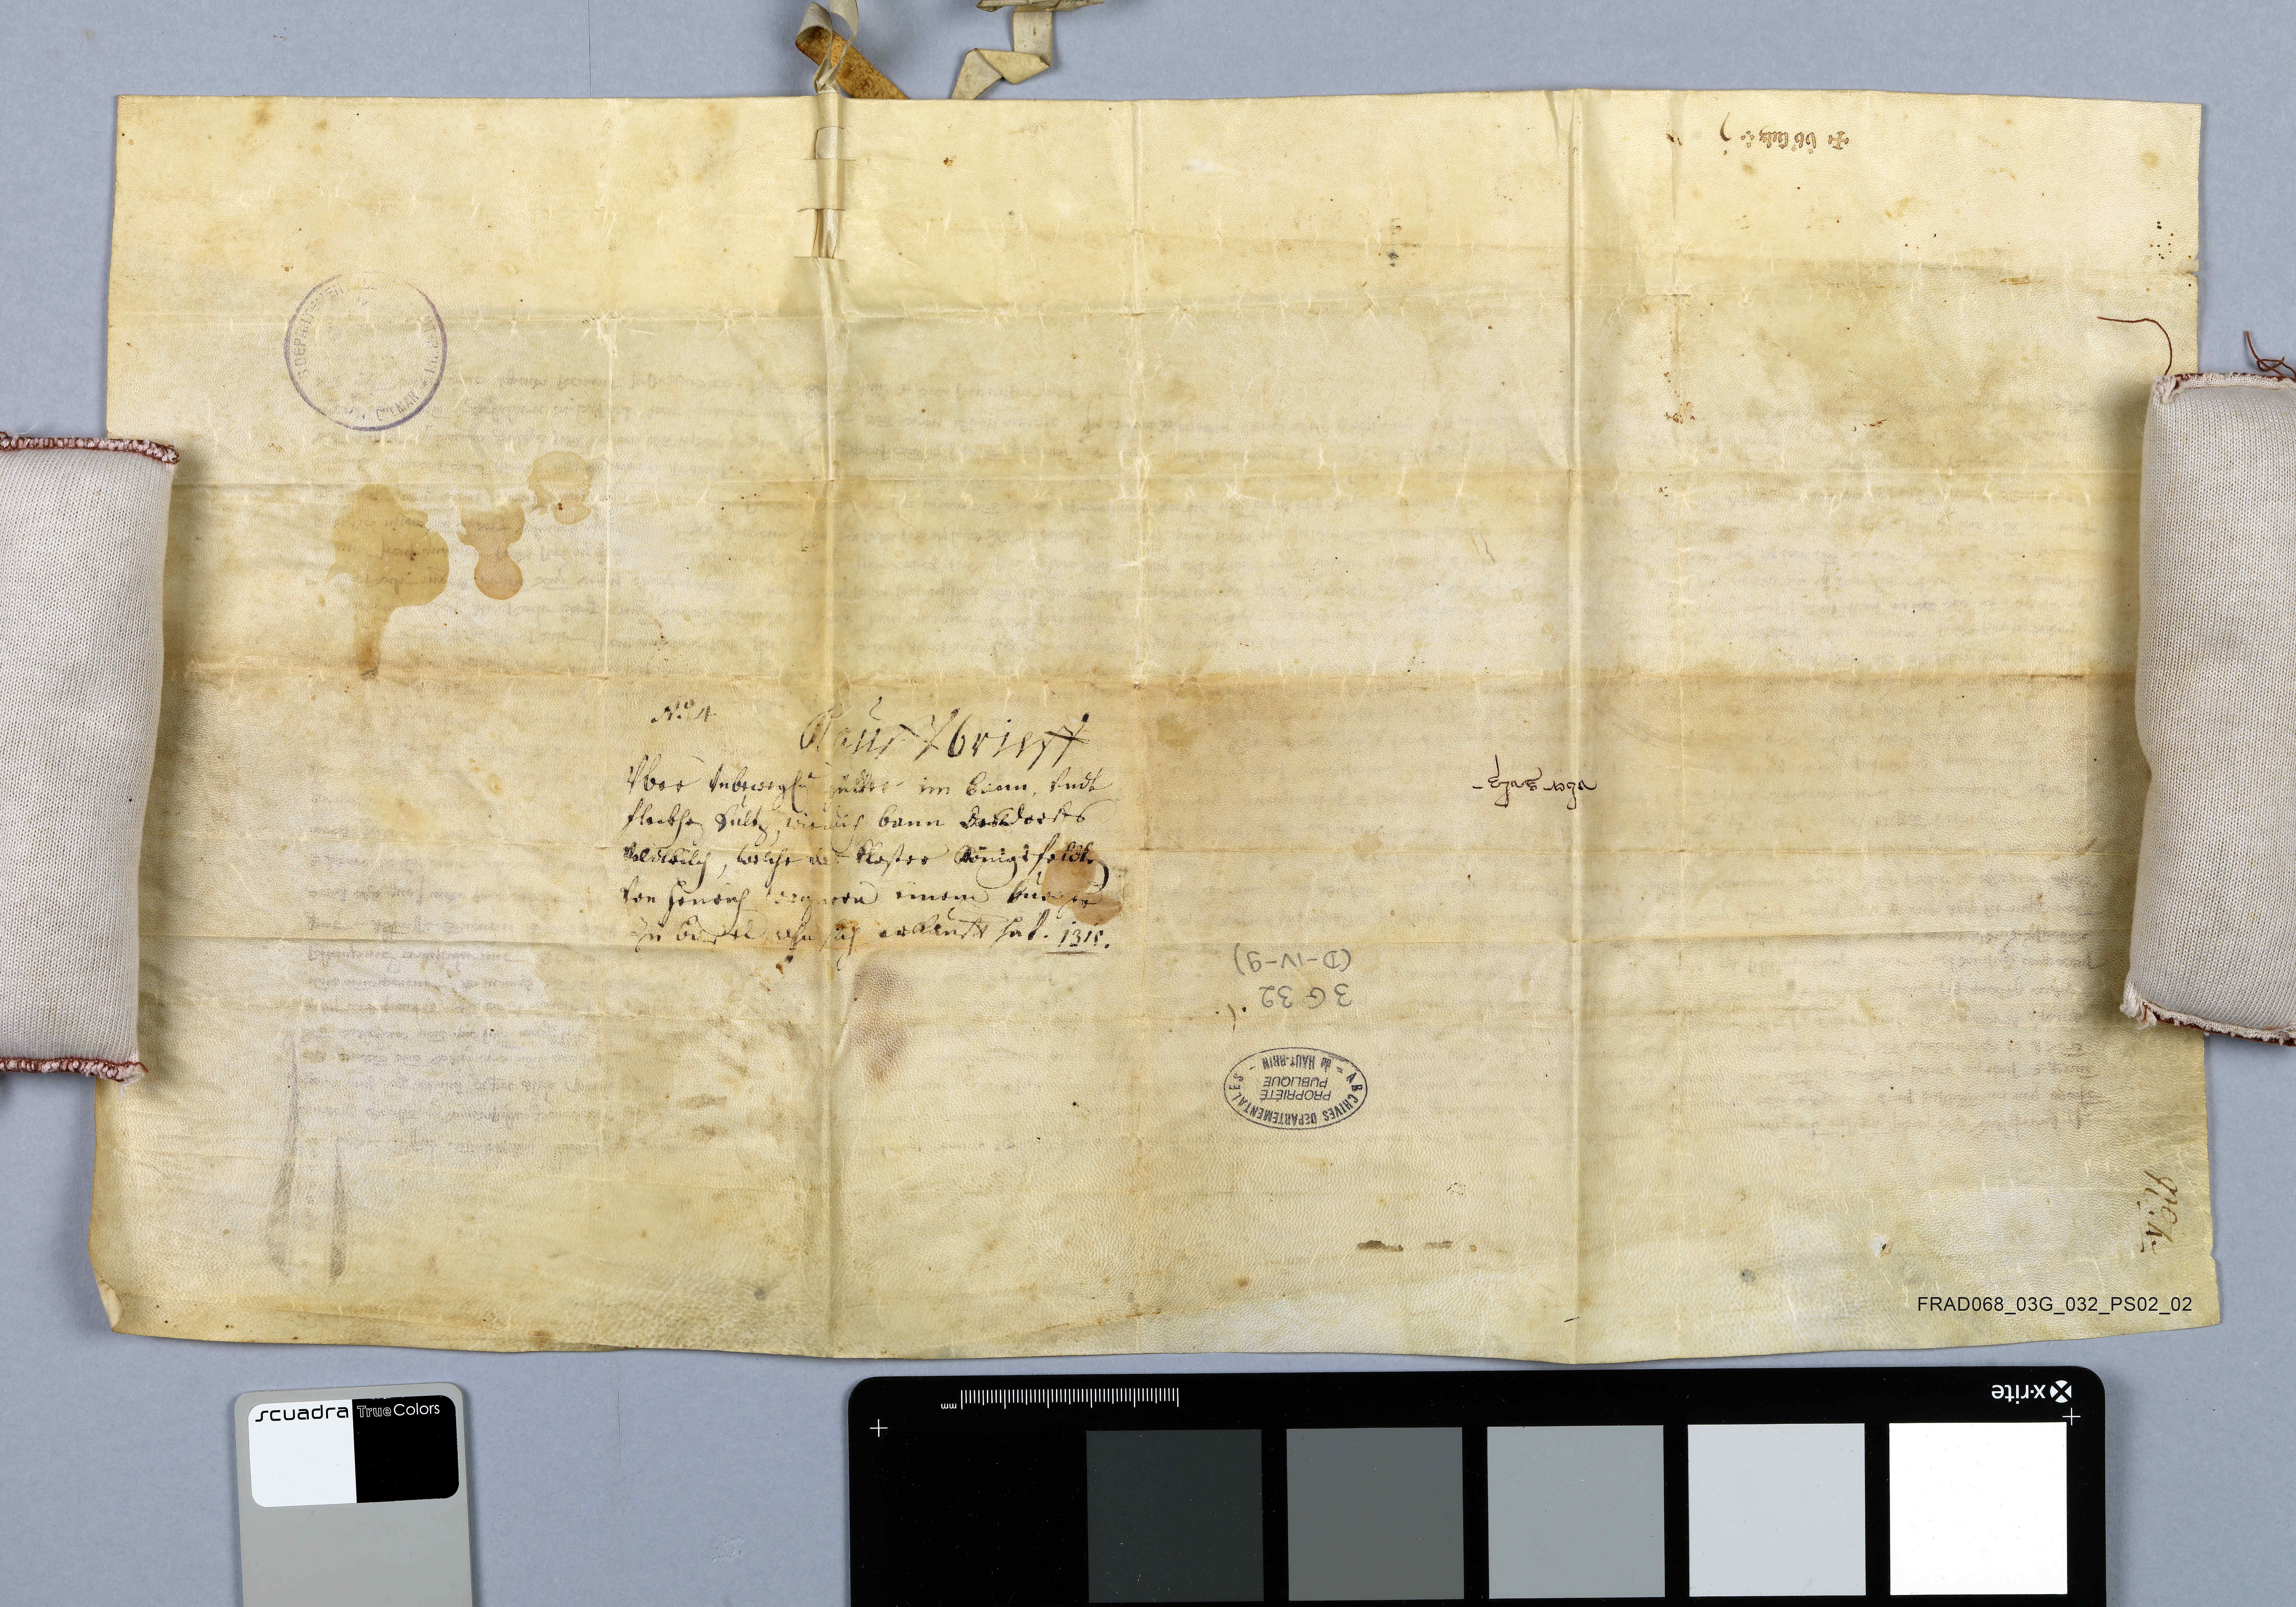
Departement des Archives Haut-Rhin ✳ Colmar

kaùffbrieff
uber un
wir

von He
zu     ufn erkauft hat ✳

Nͦ✳ 4

1318 ✳

✳ ùbˀ Sulz ✳